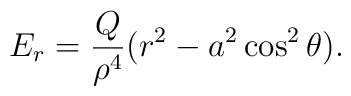
E_{r}=\frac{Q}{\rho^4}(r^2-a^2\cos^2\theta).